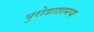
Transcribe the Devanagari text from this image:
पुरोडाशमय